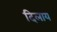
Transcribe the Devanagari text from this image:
दिलाय